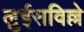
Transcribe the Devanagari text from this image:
लुईसविल्ले